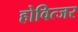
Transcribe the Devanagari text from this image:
होवित्जर